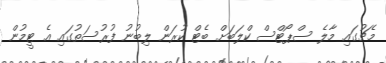
މެޗުގައި މާލެ ސްޕޯޓްސް ކްލަބަށް ބެޓް ކުރަން ލިބުނު ފުރުސަތުގައި އެ ޓީމުން